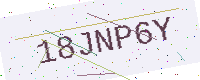
Text: 18JNP6Y